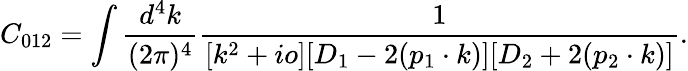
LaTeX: C_{012}=\int\frac{d^{4}k}{(2\pi)^{4}}\frac{1}{[k^{2}+io][D_{1}-2(p_{1}\cdot k)][D_{2}+2(p_{2}\cdot k)]}.